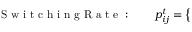
\mathrm { ~ S ~ w ~ i ~ t ~ c ~ h ~ i ~ n ~ g ~ R ~ a ~ t ~ e ~ : ~ ~ ~ ~ ~ ~ ~ } p _ { i j } ^ { t } = \left\{ \begin{array} { l l } { \begin{array} { r l r } \end{array} } \end{array} \right.